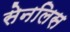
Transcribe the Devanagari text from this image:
सेनलिस